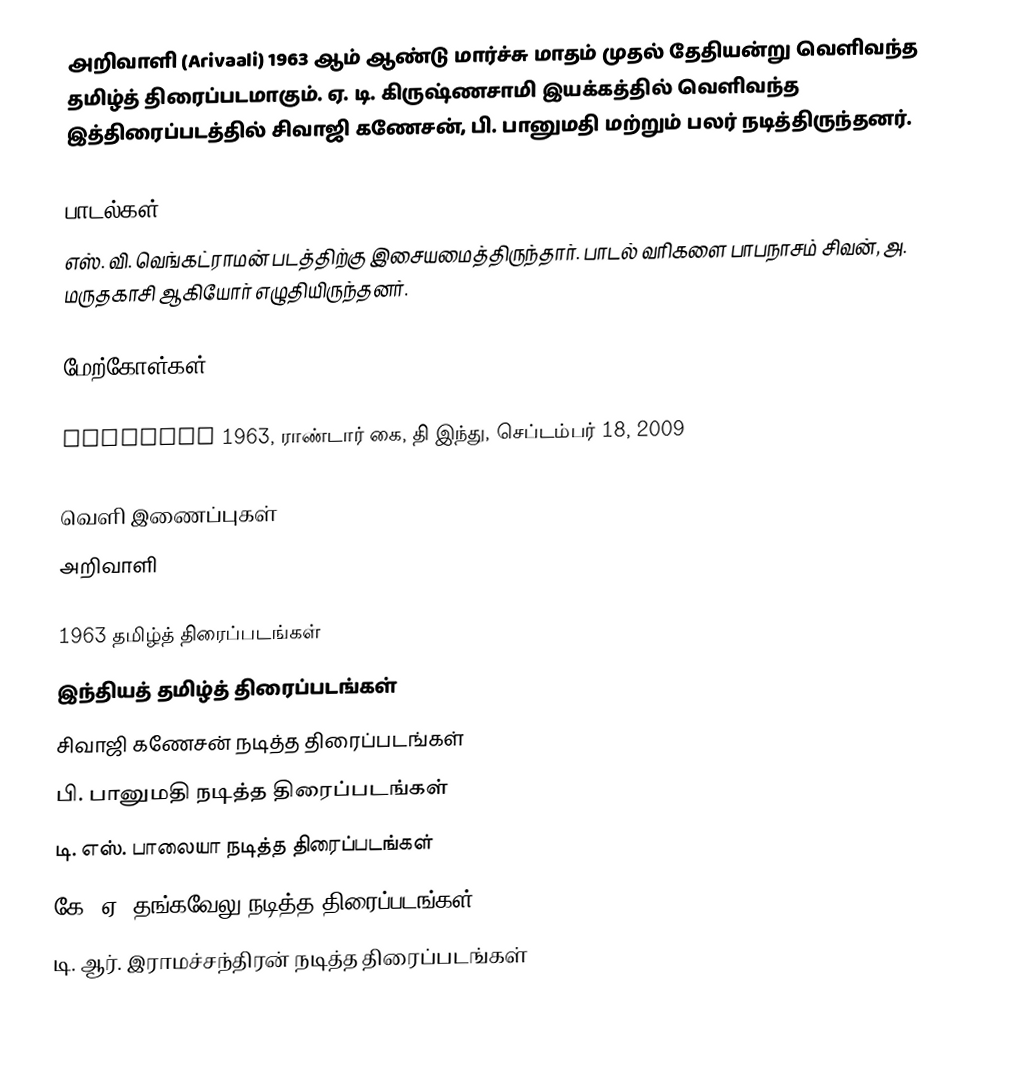
அறிவாளி (Arivaali) 1963 ஆம் ஆண்டு மார்ச்சு மாதம் முதல் தேதியன்று வெளிவந்த தமிழ்த் திரைப்படமாகும். ஏ. டி. கிருஷ்ணசாமி இயக்கத்தில் வெளிவந்த இத்திரைப்படத்தில் சிவாஜி கணேசன், பி. பானுமதி மற்றும் பலர் நடித்திருந்தனர்.

பாடல்கள்
எஸ். வி. வெங்கட்ராமன் படத்திற்கு இசையமைத்திருந்தார். பாடல் வரிகளை பாபநாசம் சிவன், அ. மருதகாசி ஆகியோர் எழுதியிருந்தனர்.

மேற்கோள்கள்

 Arivaali 1963, ராண்டார் கை, தி இந்து, செப்டம்பர் 18, 2009

வெளி இணைப்புகள்
 அறிவாளி

1963 தமிழ்த் திரைப்படங்கள்
இந்தியத் தமிழ்த் திரைப்படங்கள்
சிவாஜி கணேசன் நடித்த திரைப்படங்கள்
பி. பானுமதி நடித்த திரைப்படங்கள்
டி. எஸ். பாலையா நடித்த திரைப்படங்கள்
கே. ஏ. தங்கவேலு நடித்த திரைப்படங்கள்
டி. ஆர். இராமச்சந்திரன் நடித்த திரைப்படங்கள்